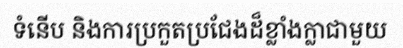
ទំនើប និងការប្រកួតប្រជែងដ៏ខ្លាំងក្លាជាមួយ